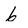
Character: 6